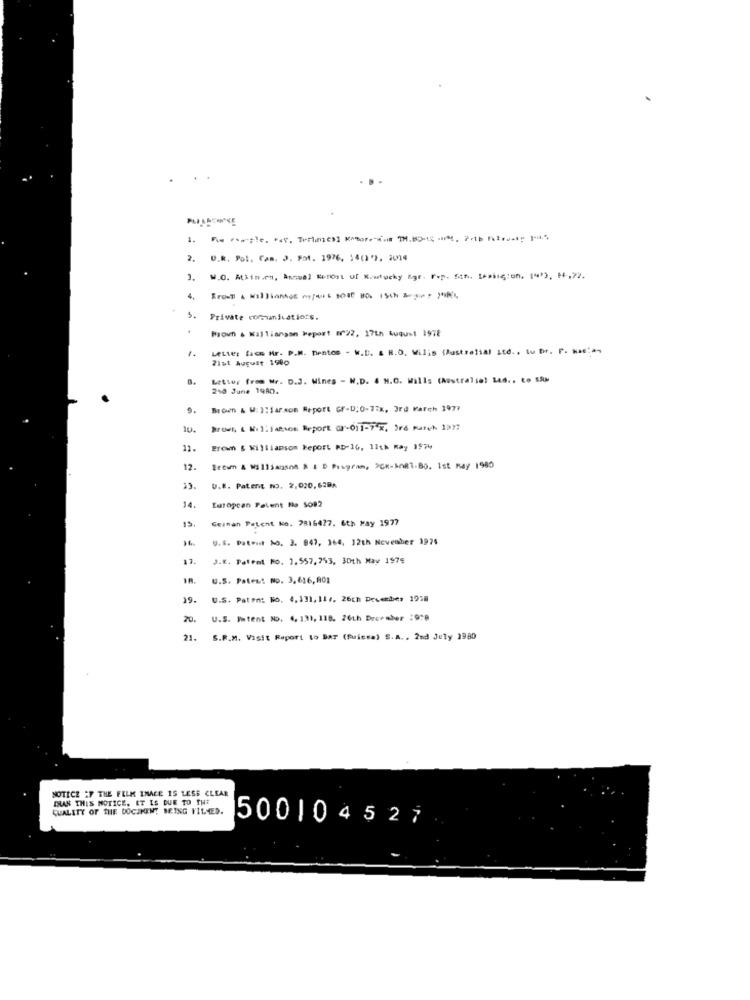
1.
2.
U.R. Pot. Cam. J. Fot. 1976, 54(2'). 2014
W.O. Mtits.en, Annual Kerost uf Kratucky Agr. Fep. San. Lexington, 14'3, 14.72.
4.
5. Private communications.
Brown & Killiangan Meport #22, 17th tuqust 1978
1.
Letter face Hr. P.M. Dentos - W.B. & R.O. Wilis (Australial Ltd ., tu Dr. P. N .....
71st August 1900
Letter from Mr. D.J. Wines - W.D. 4 H.O. Wills (Australie! Led .. to SAM
210 June 19AD.
9.
Broen & W: ):Saraom Report Gr-D:0-77x, 3rd March 1977
10.
Brown, & Mil: Tation Report (r-011-7 %, Ird Fateh 1377
11.
Brown & Williamsom Report RD-16, 11th May 1974
12.
Recwmn & Willsanson & & D Program, PCR-MOR3.Bo. Ist may 1980
D.R. Patent no. 2,020,629A
14.
European Patent No SO92
15.
German Patent Ko. 7816427. 6th May 1977
U.S. Patent No. 3. 847, 364, 12th November 1974
17.
J.K. Patent No. 1.557,743, 30th May 1975
U.S. Patent No. 3.616,80]
19.
U.S. Paten: No. 4.131, 11 ., 26th December 1958
20.
U.S. Patent NO. 4. 131, 118. 26th December :978
21.
S.R.M. Visit Report to DAT (Suisse) S.A ., 2nd July 1980
NOTICE AF THE FILM IHACE IS LESS CLEAR
IHAS THIS NOTICE, ET IS DUE TO THE
QUALITY OF THE DOCUMENT BRING VILMED.
500104527